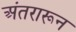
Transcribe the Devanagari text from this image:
अंतरारून